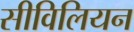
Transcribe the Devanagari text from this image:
सीविलियन